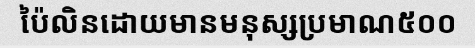
ប៉ៃលិនដោយមានមនុស្សប្រមាណ៥០០